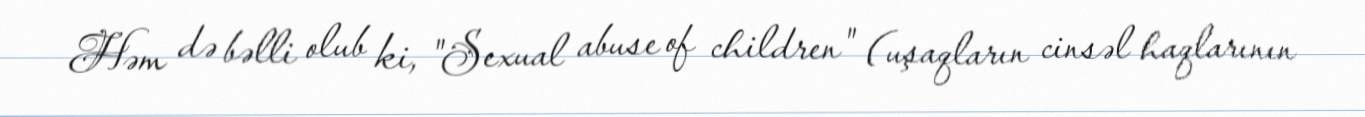
Həm də bəlli olub ki, "Sexual abuse of children" (uşaqların cinsəl haqlarının